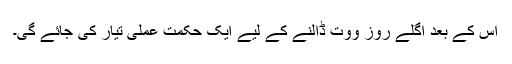
اس کے بعد اگلے روز ووت ڈالنے کے لیے ایک حکمت عملی تیار کی جائے گی۔